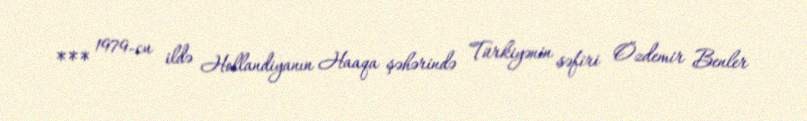
*** 1979-cu ildə Hollandiyanın Haaqa şəhərində Türkiyənin səfiri Özdemir Benler